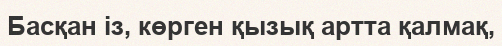
Басқан із, көрген қызық артта қалмақ,